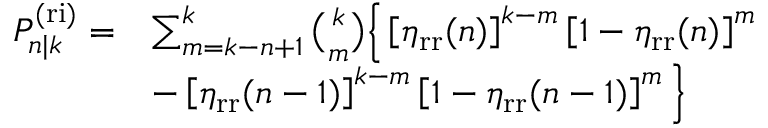
\begin{array} { r l } { P _ { n | k } ^ { \mathrm { ( r i ) } } = } & { \sum _ { m = k - n + 1 } ^ { k } \binom { k } { m } \Big \{ \left[ \eta _ { \mathrm { r r } } ( n ) \right] ^ { k - m } \left[ 1 - \eta _ { \mathrm { r r } } ( n ) \right] ^ { m } } \\ & { - \left[ \eta _ { \mathrm { r r } } ( n - 1 ) \right] ^ { k - m } \left[ 1 - \eta _ { \mathrm { r r } } ( n - 1 ) \right] ^ { m } \Big \} } \end{array}